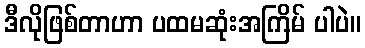
ဒီလိုဖြစ်တာဟာ ပထမဆုံးအကြိမ် ပါပဲ။